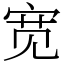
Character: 宽